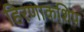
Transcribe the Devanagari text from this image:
हिरणाकशिप